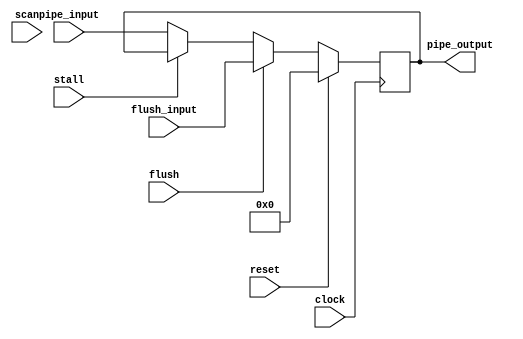
/** @module : pipeline_register
 *  @author : Adaptive & Secure Computing Systems (ASCS) Laboratory

 *  Copyright (c) 2018 BRISC-V (ASCS/ECE/BU)
 *  Permission is hereby granted, free of charge, to any person obtaining a copy
 *  of this software and associated documentation files (the "Software"), to deal
 *  in the Software without restriction, including without limitation the rights
 *  to use, copy, modify, merge, publish, distribute, sublicense, and/or sell
 *  copies of the Software, and to permit persons to whom the Software is
 *  furnished to do so, subject to the following conditions:
 *  The above copyright notice and this permission notice shall be included in
 *  all copies or substantial portions of the Software.

 *  THE SOFTWARE IS PROVIDED "AS IS", WITHOUT WARRANTY OF ANY KIND, EXPRESS OR
 *  IMPLIED, INCLUDING BUT NOT LIMITED TO THE WARRANTIES OF MERCHANTABILITY,
 *  FITNESS FOR A PARTICULAR PURPOSE AND NONINFRINGEMENT. IN NO EVENT SHALL THE
 *  AUTHORS OR COPYRIGHT HOLDERS BE LIABLE FOR ANY CLAIM, DAMAGES OR OTHER
 *  LIABILITY, WHETHER IN AN ACTION OF CONTRACT, TORT OR OTHERWISE, ARISING FROM,
 *  OUT OF OR IN CONNECTION WITH THE SOFTWARE OR THE USE OR OTHER DEALINGS IN
 *  THE SOFTWARE.
 */

module pipeline_register #(
  parameter PIPELINE_STAGE  =  0,
  parameter PIPE_WIDTH      = 32,
  parameter SCAN_CYCLES_MIN =  1,
  parameter SCAN_CYCLES_MAX = 1000 
)(
  input  clock,
  input  reset,
  input  stall,
  input  flush,
  input  [PIPE_WIDTH-1:0] pipe_input,
  input  [PIPE_WIDTH-1:0] flush_input,
  output [PIPE_WIDTH-1:0] pipe_output,
  //scan signal
  input scan
);

reg [PIPE_WIDTH-1:0] pipe_reg;

always @(posedge clock)begin
  if(reset)
    pipe_reg <= {PIPE_WIDTH{1'b0}};
  else if(flush)
    pipe_reg <= flush_input;
  else if(stall)
    pipe_reg <= pipe_reg;
  else
    pipe_reg <= pipe_input;
end

assign pipe_output = pipe_reg;

endmodule